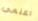
اعلمي